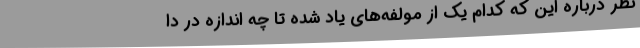
نظر درباره این که کدام یک از مولفه‌های یاد شده تا چه اندازه در دا